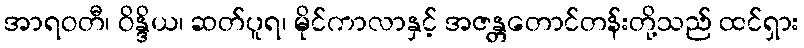
အာရဝတီ၊ ဝိန္ဒိယ၊ ဆတ်ပူရ၊ မိုင်ကာလာနှင့် အဇန္တတောင်တန်းတို့သည် ထင်ရှား